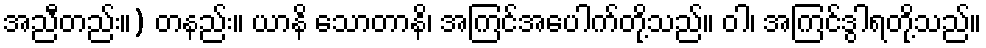
အညီတည်း။) တနည်း။ ယာနိ သောတာနိ၊ အကြင်အပေါက်တို့သည်။ ဝါ၊ အကြင်ဒွါရတို့သည်။